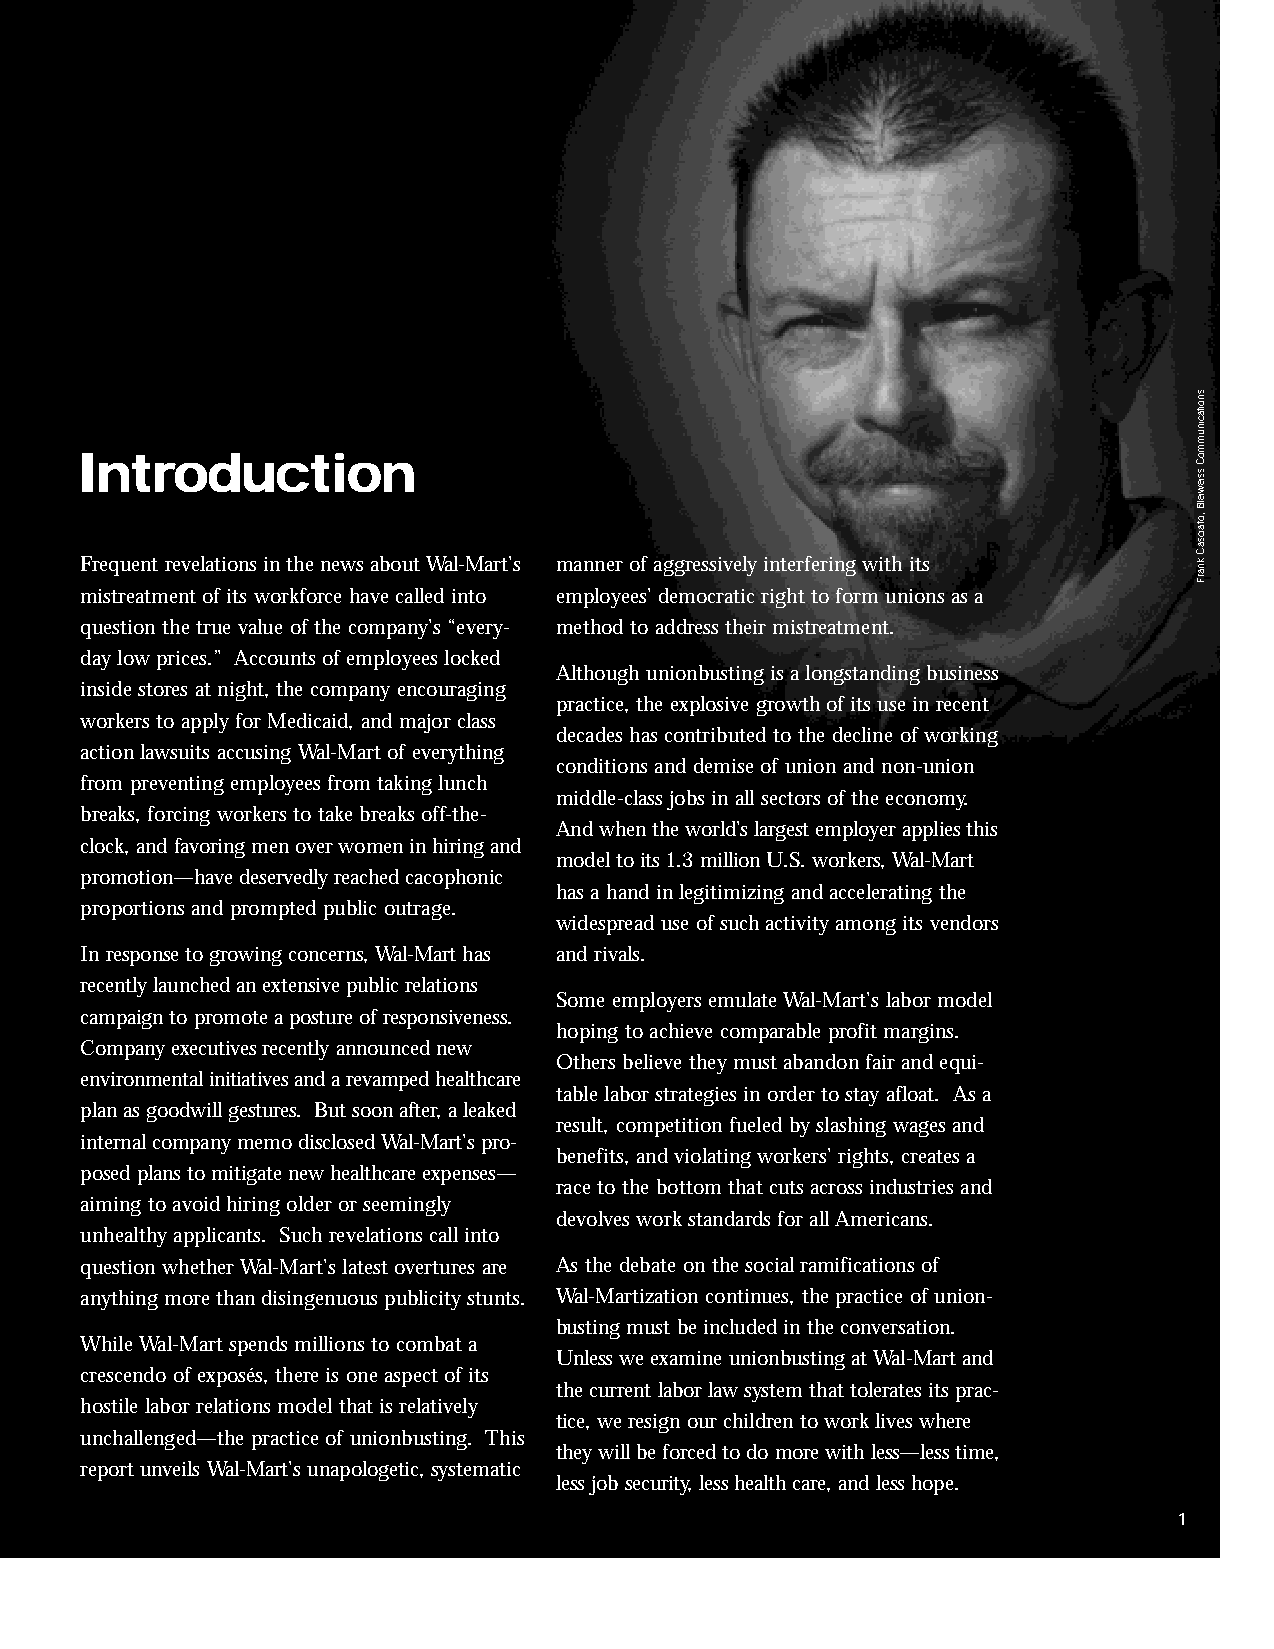
inside2.qxd 11/8/2005 11:17 AM Page 1
 Introduction
 Frequent revelations in the news about Wal-Mart’s manner of aggressively interfering with its
 mistreatment of its workforce have called into employees’democratic right to form unions as a
 question the true value of the company’s “every- method to address their mistreatment.
 day low prices.” Accounts of employees locked
 Although unionbusting is a longstanding business
 inside stores at night, the company encouraging
 practice, the explosive growth of its use in recent
 workers to apply for Medicaid, and major class
 decades has contributed to the decline of working
 action lawsuits accusing Wal-Mart of everything
 conditions and demise of union and non-union
 from preventing employees from taking lunch
 middle-class jobs in all sectors of the economy.
 breaks, forcing workers to take breaks off-the-
 And when the world’s largest employer applies this
 clock, and favoring men over women in hiring and
 model to its 1.3 million U.S. workers, Wal-Mart
 promotion—have deservedly reached cacophonic
 has a hand in legitimizing and accelerating the
 proportions and prompted public outrage.
 widespread use of such activity among its vendors
 In response to growing concerns, Wal-Mart has and rivals.
 recently launched an extensive public relations
 Some employers emulate Wal-Mart’s labor model
 campaign to promote a posture of responsiveness.
 hoping to achieve comparable profit margins.
 Company executives recently announced new
 Others believe they must abandon fair and equi-
 environmental initiatives and a revamped healthcare
 table labor strategies in order to stay afloat. As a
 plan as goodwill gestures. But soon after, a leaked
 result, competition fueled by slashing wages and
 internal company memo disclosed Wal-Mart’s pro-
 benefits, and violating workers’rights, creates a
 posed plans to mitigate new healthcare expenses—
 race to the bottom that cuts across industries and
 aiming to avoid hiring older or seemingly
 devolves work standards for all Americans.
 unhealthy applicants. Such revelations call into
 question whether Wal-Mart’s latest overtures are As the debate on the social ramifications of
 anything more than disingenuous publicity stunts. Wal-Martization continues, the practice of union-
 busting must be included in the conversation.
 While Wal-Mart spends millions to combat a
 Unless we examine unionbusting at Wal-Mart and
 crescendo of exposés, there is one aspect of its
 the current labor law system that tolerates its prac-
 hostile labor relations model that is relatively
 tice, we resign our children to work lives where
 unchallenged—the practice of unionbusting. This
 they will be forced to do more with less—less time,
 report unveils Wal-Mart’s unapologetic, systematic
 less job security, less health care, and less hope.
 1
 snoitacinummoC
 ssiewielB
 ,otaicsaC
 knarF